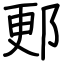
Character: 郠